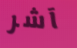
آشر